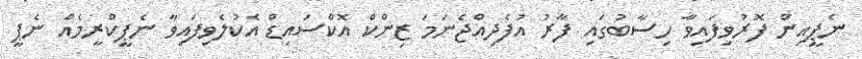
ނެޕީއިން ފޮރުވިފައިވާ ހިސާބުގައި ފާރު އުފެދިއްޖެނަމަ ޒިންކް އޮކްސައިޑް އެކުލެވިފައިވާ ނެޕީކްރީމެއް ނެޕީ